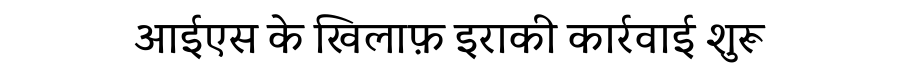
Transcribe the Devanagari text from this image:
आईएस के खिलाफ़ इराकी कार्रवाई शुरू